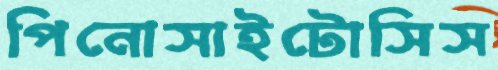
পিনোসাইটোসিস